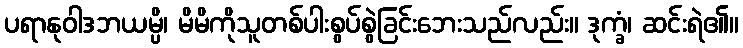
ပရာနုဝါဒဘယမ္ပိ၊ မိမိကိုသူတစ်ပါးစွပ်စွဲခြင်းဘေးသည်လည်း။ ဒုက္ခံ၊ ဆင်းရဲ၏။